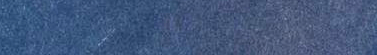
Sunset Blvd